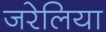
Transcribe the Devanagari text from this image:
जरेलिया